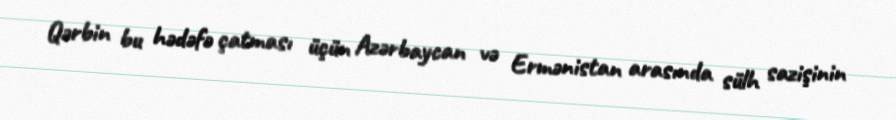
Qərbin bu hədəfə çatması üçün Azərbaycan və Ermənistan arasında sülh sazişinin